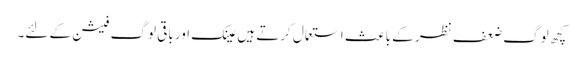
کچھ لوگ ضعف نظر کے باعث استعمال کرتے ہیں عینک اور باقی لوگ فیشن کے لئے۔